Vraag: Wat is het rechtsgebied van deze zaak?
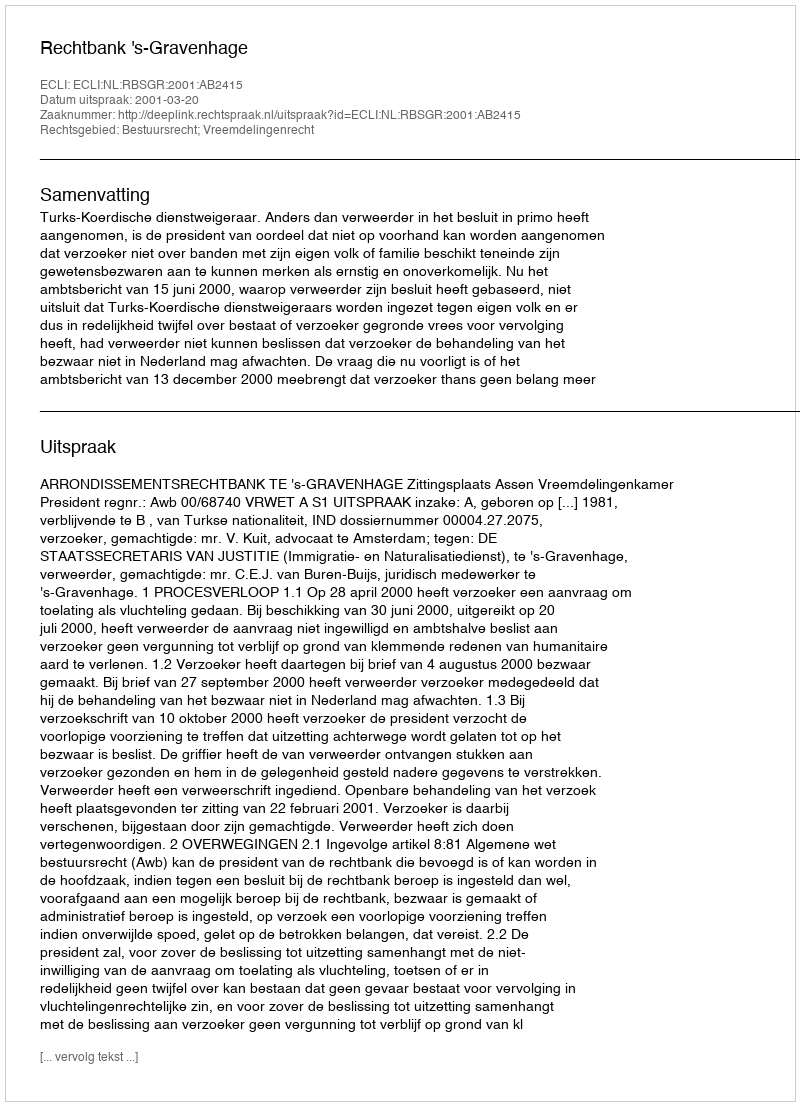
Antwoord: Bestuursrecht; Vreemdelingenrecht